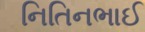
નિતિનભાઈ